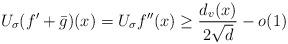
LaTeX: \begin{align*}U_\sigma (f'+\bar g)(x) = U_\sigma f''(x) \ge \frac{d_v(x)}{2\sqrt d} - o(1)\end{align*}